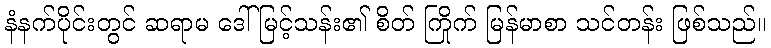
နံနက်ပိုင်းတွင် ဆရာမ ဒေါ်မြင့်သန်း၏ စိတ် ကြိုက် မြန်မာစာ သင်တန်း ဖြစ်သည်။